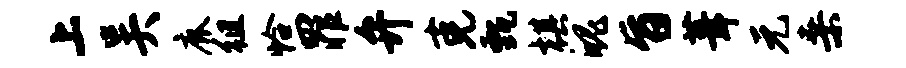
上吴鹿徂恰罪弁克甄棋魄旨葺元桑